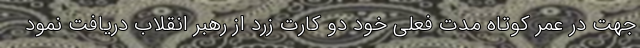
جهت در عمر کوتاه مدت فعلی خود دو کارت زرد از رهبر انقلاب دریافت نمود